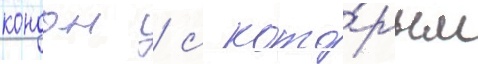
кондон / с кото́рым